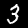
Label: 3